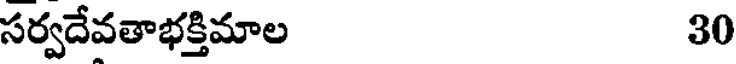
సర్వదేవతాభక్తిమాల 30